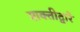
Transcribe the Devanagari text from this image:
शक्तीद्वारे